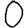
Digit: 0